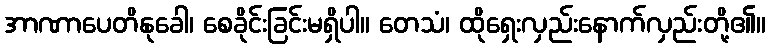
အာဏာပေတိနုခေါ၊ စေခိုင်းခြင်းမရှိပါ။ တေသံ၊ ထိုရှေးလှည်းနောက်လှည်းတို့၏။